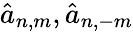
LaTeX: \hat{a}_{n,m},\hat{a}_{n,-m}